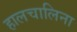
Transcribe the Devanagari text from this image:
हालचालिना